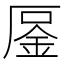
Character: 𠪒